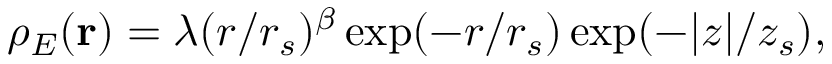
\rho _ { E } ( \mathbf { r } ) = \lambda ( r / r _ { s } ) ^ { \beta } \exp ( - r / r _ { s } ) \exp ( - \vert z \vert / z _ { s } ) ,